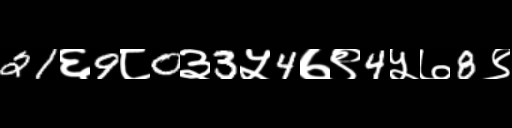
Text: 21६9८0३3५4७९4५७8९